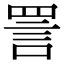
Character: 詈